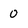
Character: 0